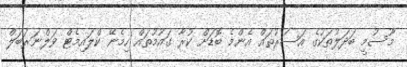
މޫސުމީ ބަދަލުތަކުގެ އަސަރުތައް އެންމެ ބޮޑަށް ކުރާ ގައުމުތައް ހިމެނޭ ކްލައިމެޓް ވަލްނަރަބަލް